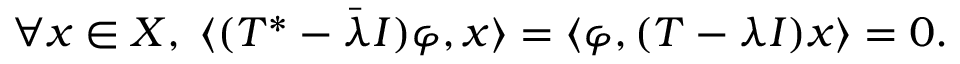
\forall x \in X , \; \langle ( T ^ { * } - { \bar { \lambda } } I ) \varphi , x \rangle = \langle \varphi , ( T - \lambda I ) x \rangle = 0 .